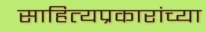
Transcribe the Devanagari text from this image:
साहित्यप्रकारांच्या